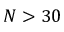
N > 3 0